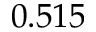
0 . 5 1 5